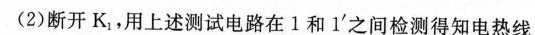
(2)断开K。，用上述测试电路在1和1'之间检测得知电热线